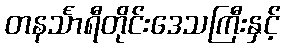
တနင်္သာရီတိုင်းဒေသကြီးနှင့်